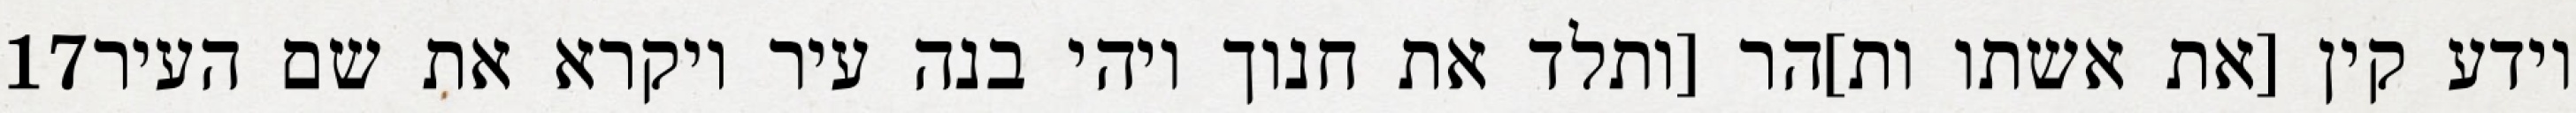
‎17‏ וידע קין [את אשתו ות]הר [ותלד את חנוך ויהי בנה עיר ויקרא את שם העיר